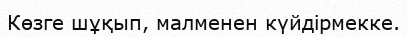
Көзге шұқып, малменен күйдірмекке.